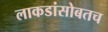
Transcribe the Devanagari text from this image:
लाकडांसोबतच